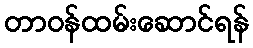
တာဝန်ထမ်းဆောင်ရန်